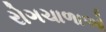
રોગચાળાઓ